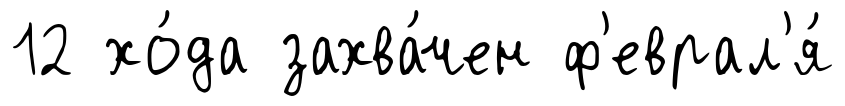
12 хо́да захва́чен ф'еврал'я́